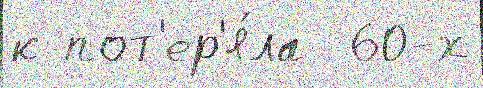
к пот'ер'я́ла  60-х